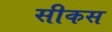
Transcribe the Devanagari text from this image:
सीकस